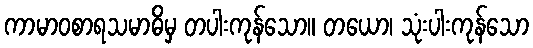
ကာမာဝစာရသမာဓိမှ တပါးကုန်သော။ တယော၊ သုံးပါးကုန်သော